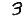
Digit: 3